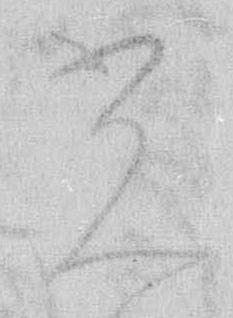
光